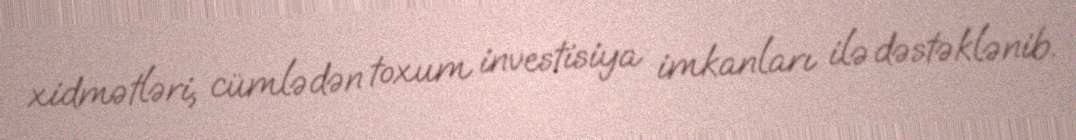
xidmətləri, cümlədən toxum investisiya imkanları ilə dəstəklənib.